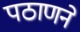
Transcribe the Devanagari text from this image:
पठाणने